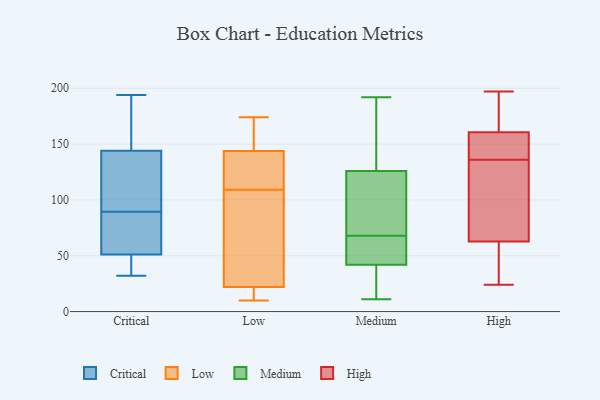
{"axis": {"x": "Demand Index", "y": "Value"}, "legend": ["Critical", "High", "Low", "Medium"], "data": [{"x": "", "y": 106, "type": "Critical"}, {"x": "", "y": 51, "type": "Critical"}, {"x": "", "y": 152, "type": "Critical"}, {"x": "", "y": 57, "type": "Critical"}, {"x": "", "y": 33, "type": "Critical"}, {"x": "", "y": 95, "type": "Critical"}, {"x": "", "y": 194, "type": "Critical"}, {"x": "", "y": 76, "type": "Critical"}, {"x": "", "y": 144, "type": "Critical"}, {"x": "", "y": 180, "type": "Critical"}, {"x": "", "y": 149, "type": "Critical"}, {"x": "", "y": 55, "type": "Critical"}, {"x": "", "y": 32, "type": "Critical"}, {"x": "", "y": 142, "type": "Critical"}, {"x": "", "y": 38, "type": "Critical"}, {"x": "", "y": 84, "type": "Critical"}, {"x": "", "y": 49, "type": "Critical"}, {"x": "", "y": 139, "type": "Critical"}, {"x": "", "y": 10, "type": "Low"}, {"x": "", "y": 174, "type": "Low"}, {"x": "", "y": 25, "type": "Low"}, {"x": "", "y": 174, "type": "Low"}, {"x": "", "y": 147, "type": "Low"}, {"x": "", "y": 172, "type": "Low"}, {"x": "", "y": 109, "type": "Low"}, {"x": "", "y": 102, "type": "Low"}, {"x": "", "y": 20, "type": "Low"}, {"x": "", "y": 111, "type": "Low"}, {"x": "", "y": 66, "type": "Low"}, {"x": "", "y": 123, "type": "Low"}, {"x": "", "y": 18, "type": "Low"}, {"x": "", "y": 46, "type": "Low"}, {"x": "", "y": 21, "type": "Low"}, {"x": "", "y": 153, "type": "Low"}, {"x": "", "y": 112, "type": "Low"}, {"x": "", "y": 134, "type": "Low"}, {"x": "", "y": 17, "type": "Low"}, {"x": "", "y": 43, "type": "Medium"}, {"x": "", "y": 51, "type": "Medium"}, {"x": "", "y": 67, "type": "Medium"}, {"x": "", "y": 37, "type": "Medium"}, {"x": "", "y": 126, "type": "Medium"}, {"x": "", "y": 160, "type": "Medium"}, {"x": "", "y": 15, "type": "Medium"}, {"x": "", "y": 135, "type": "Medium"}, {"x": "", "y": 69, "type": "Medium"}, {"x": "", "y": 93, "type": "Medium"}, {"x": "", "y": 192, "type": "Medium"}, {"x": "", "y": 12, "type": "Medium"}, {"x": "", "y": 171, "type": "Medium"}, {"x": "", "y": 89, "type": "Medium"}, {"x": "", "y": 80, "type": "Medium"}, {"x": "", "y": 42, "type": "Medium"}, {"x": "", "y": 52, "type": "Medium"}, {"x": "", "y": 11, "type": "Medium"}, {"x": "", "y": 161, "type": "High"}, {"x": "", "y": 181, "type": "High"}, {"x": "", "y": 53, "type": "High"}, {"x": "", "y": 153, "type": "High"}, {"x": "", "y": 159, "type": "High"}, {"x": "", "y": 24, "type": "High"}, {"x": "", "y": 197, "type": "High"}, {"x": "", "y": 92, "type": "High"}, {"x": "", "y": 28, "type": "High"}, {"x": "", "y": 136, "type": "High"}, {"x": "", "y": 117, "type": "High"}]}